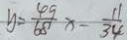
y = \frac { 4 9 } { 6 8 } x - \frac { 1 1 } { 3 4 }